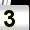
Digit: 3